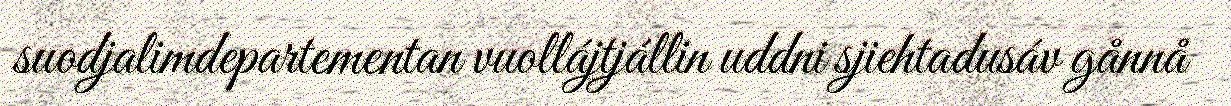
suodjalimdepartementan vuollájtjállin uddni sjiehtadusáv gånnå